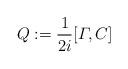
LaTeX: \begin{align*} Q := \frac{1}{2i} [ \varGamma, C] \end{align*}